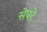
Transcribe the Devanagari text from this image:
सेपरे